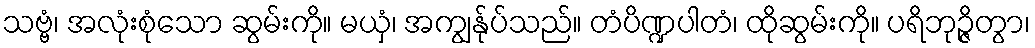
သဗ္ဗံ၊ အလုံးစုံသော ဆွမ်းကို။ မယှံ၊ အကျွန်ုပ်သည်။ တံပိဏ္ဍပါတံ၊ ထိုဆွမ်းကို။ ပရိဘုဉ္ဇိတွာ၊